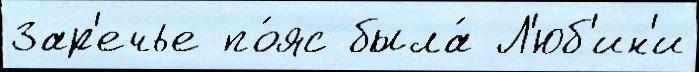
Зар'ечье по́яс была́ Л'юб'ин'и